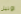
اونيل